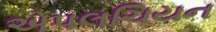
એપલચિયન